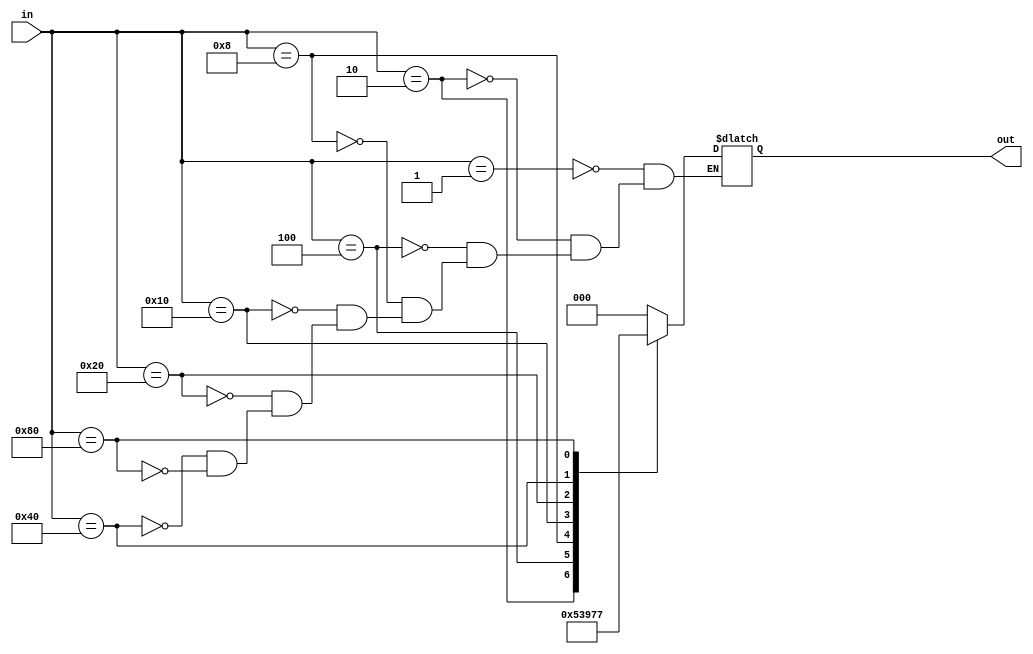
module ENCODER_8TO3 (in, out);
    input [7: 0] in;
    output reg [2: 0] out;

    always @ (*)
    begin
        case(in)
            8'b00000001: out <= 3'd0;
            8'b00000010: out <= 3'd1;
            8'b00000100: out <= 3'd2;
            8'b00001000: out <= 3'd3;
            8'b00010000: out <= 3'd4;
            8'b00100000: out <= 3'd5;
            8'b01000000: out <= 3'd6;
            8'b10000000: out <= 3'd7;
        endcase
    end
endmodule